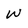
Character: W